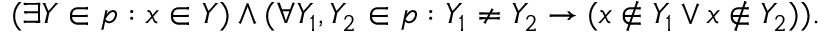
( \exists Y \in p : x \in Y ) \land ( \forall Y _ { 1 } , Y _ { 2 } \in p : Y _ { 1 } \neq Y _ { 2 } \rightarrow ( x \notin Y _ { 1 } \lor x \notin Y _ { 2 } ) ) .